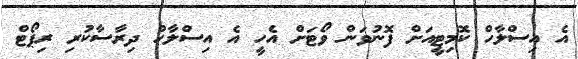
އެ އިސްލާހް ކޮމިޓީއަށް ފޮނުވަން ވޯޓަށް އެހީ އެ އިސްލާހް ދިރާސާކުރި ރިޕޯޓް